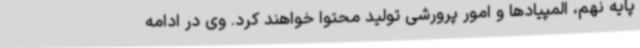
پایه نهم، المپیادها و امور پرورشی تولید محتوا خواهند کرد. وی در ادامه